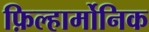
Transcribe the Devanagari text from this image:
फ़िल्हार्मोनिक